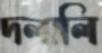
দলালি